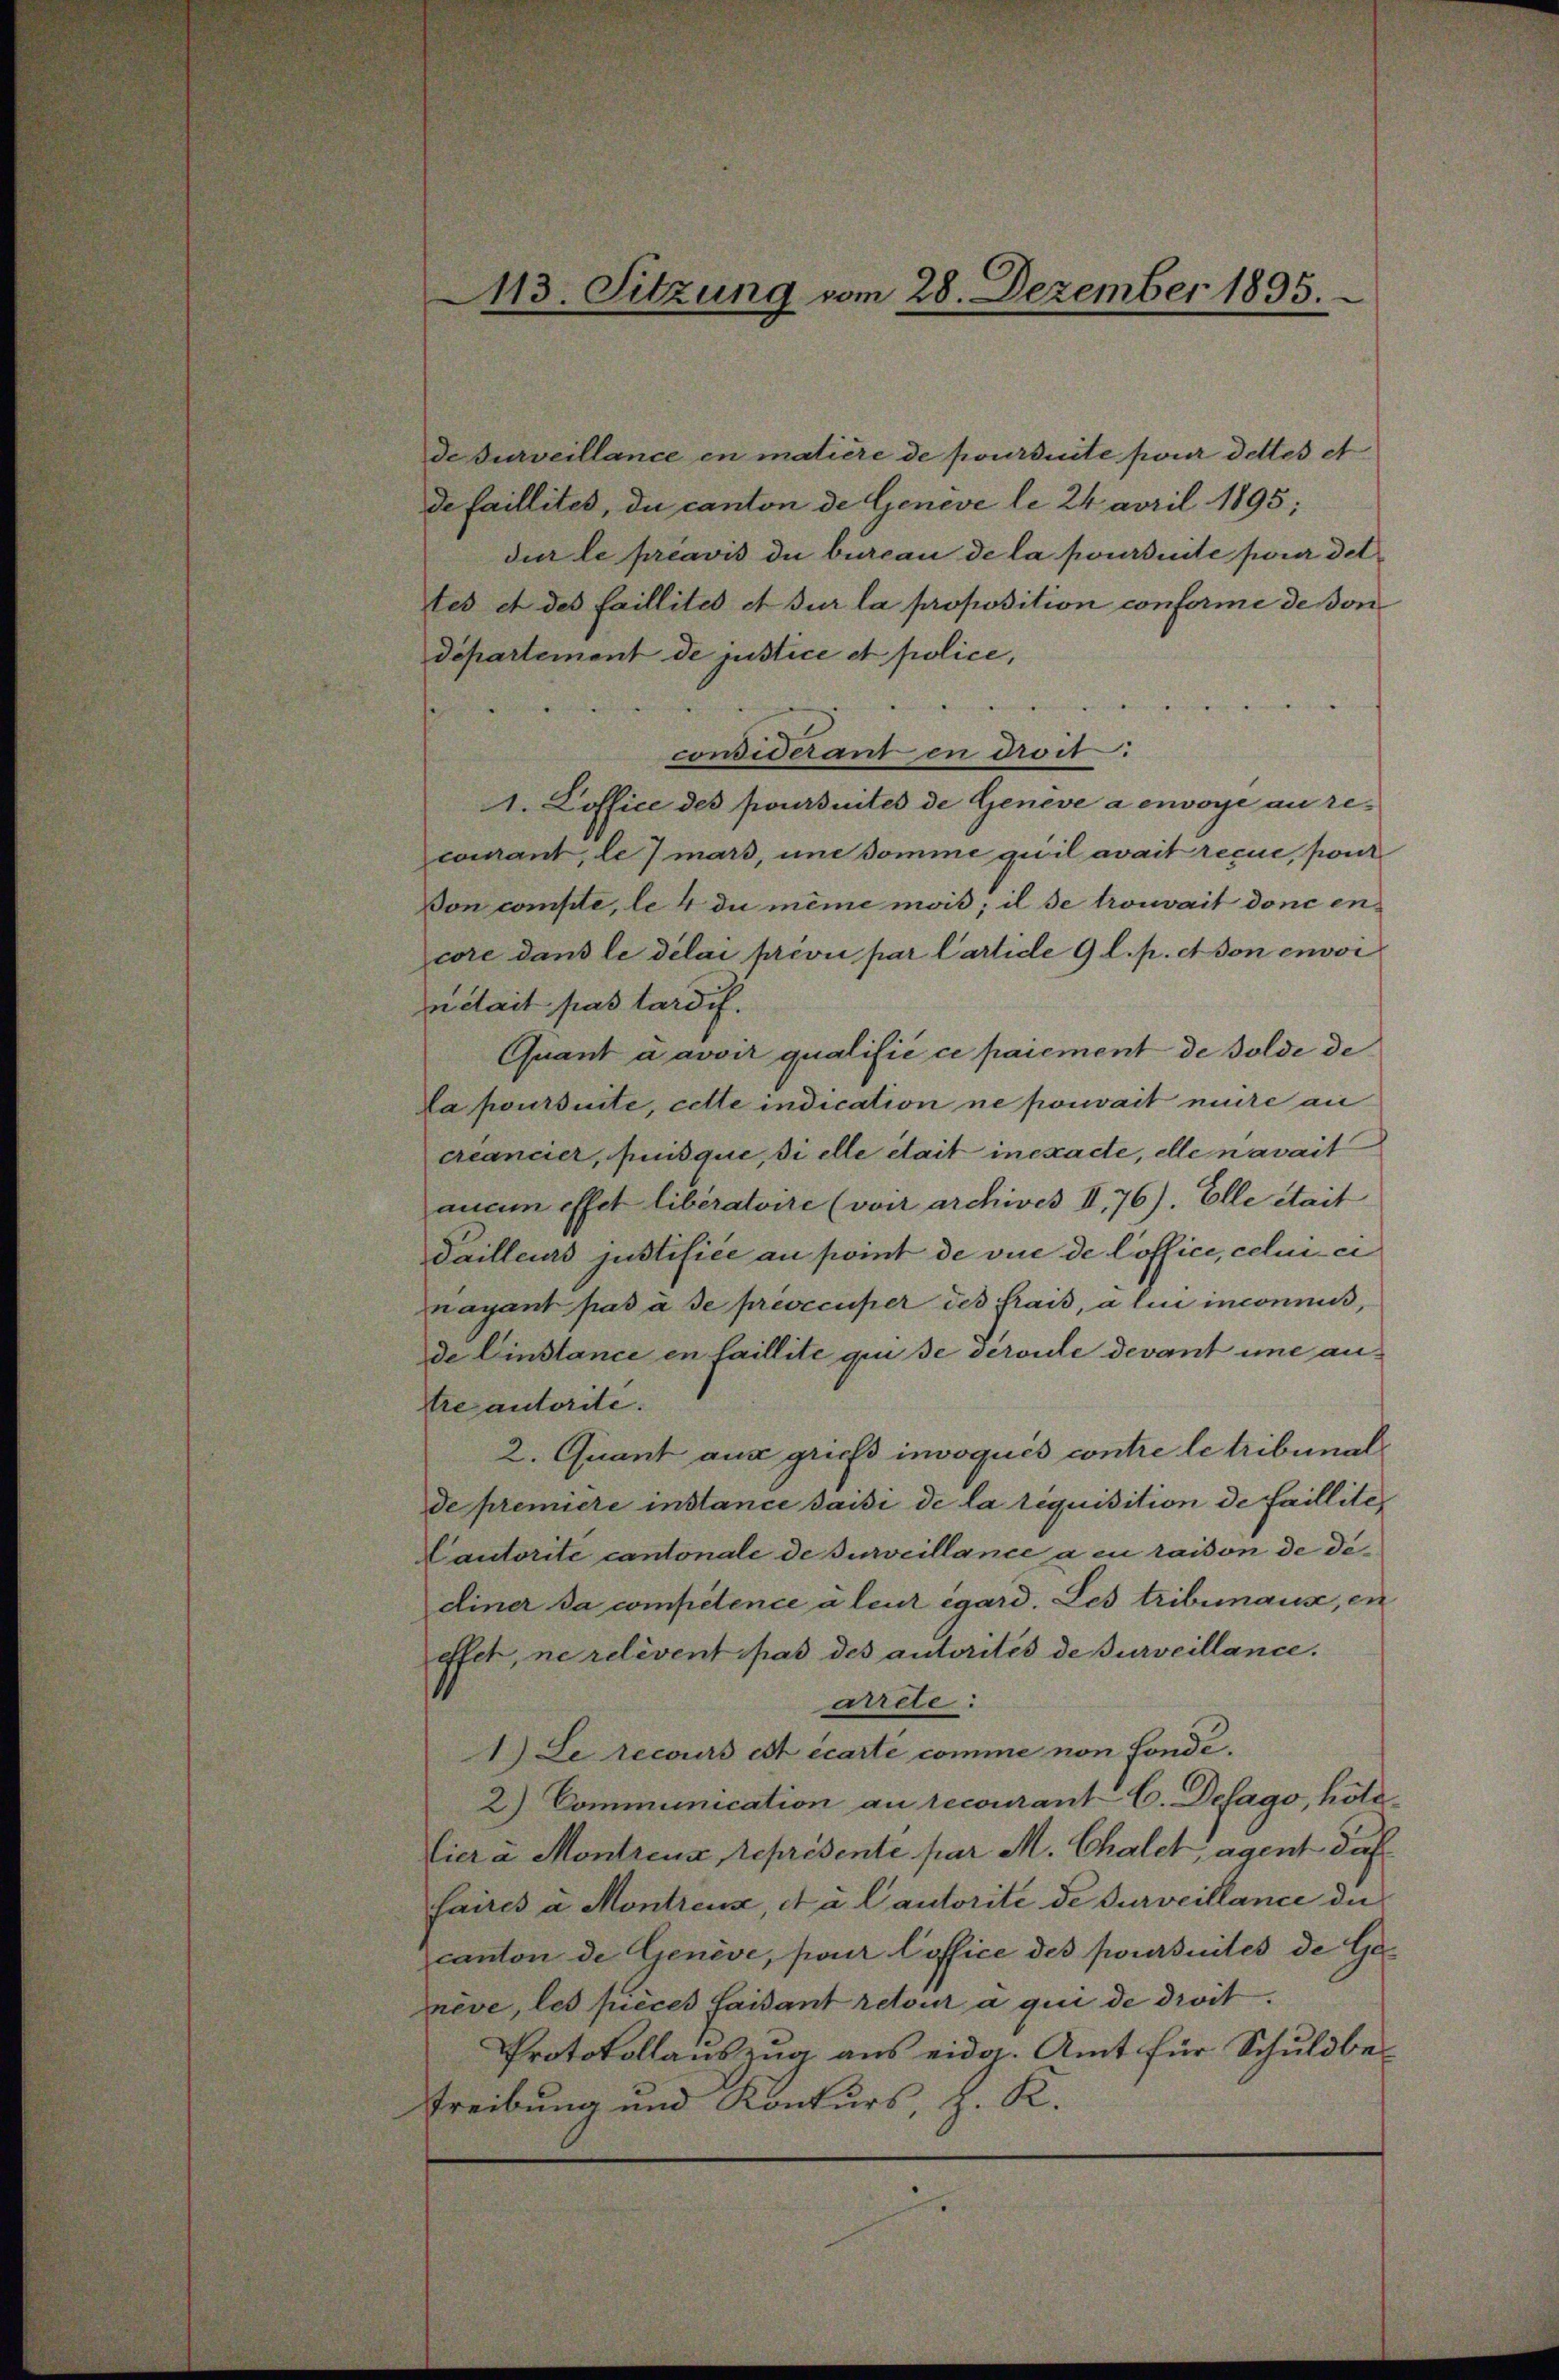
de Turveillance en matière de poursuite pour dettes et
de faillites, du canton de Genève le 24 april 1895;
dur le préavis du bureau de la poursuite pour det
tes et des faillites et sur la proposition conforme de son
departement de justice et police,

considérant en droit.
1. Loffice des poursuites de Geneve a envoye au recourant, le mars, und somme quil avait reçue, pour
Von comple, le 4 du même mois; il se trouvait donc encore dans le délai prevu par Cartide 9 l. p. et don envoi
nétait pas tardis.
Quant à avoir qualifié ce paiement de Golde de
La poursuite, cette indication ne pouvait nuire an
créancier, quisque, si elle était inexacte, elle navait
aucun effet libératoire (von archives II,76). Elle était
Sailleurs justifiée au point de vue de loffici, celui ei
nayant pas à se prevecuper des frais, alii inconnus,
de Einstance en laillite qui se service devant une autre autorite.
2. Quant aus griefs invoqués contre le tribunalde premiere instance saisi de la réquisition de faillite,
Cautorite cantonale de surveillance a en raison de di¬
Einer da competence à leur égard. Les tribunaus, en
effet, ne relevent pas des autorités de surveillance.
arrete:
1.) Le recours est écarte comme non fonde.
2) Communication an recourant C. Desago, hote¬
Eier a Montreux, représente par M. Chalck, agent daf
faires a Montreux, et à l’autorité de surveillance die
canton de Genève, pour loffice des poursuites de Genève, les pièces laisant retour a qui de droit.
Protokollauszug aus eidg. Amt für Schuldbe¬
Treibung und Konkurs, z. K.

113. Sitzung vom 28. Dezember 1895.

d